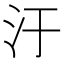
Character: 汙